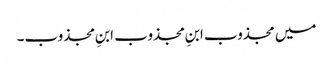
میں مجذوب ابنِ مجذوب ابنِ مجذوب۔